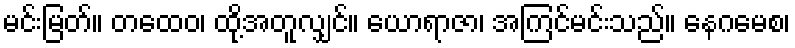
မင်းမြတ်။ တထေဝ၊ ထို့အတူလျှင်။ ယောရာဇာ၊ အကြင်မင်းသည်။ နေဂမေစ၊